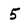
Character: 5